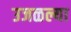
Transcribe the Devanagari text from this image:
उजळल्या